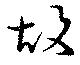
故